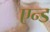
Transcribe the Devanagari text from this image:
एन्‍ड